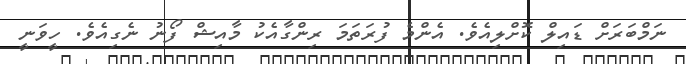
ނަމްބަރަށް ޑައިލް ކޮށްލިއެވެ. އެންމެ ފުރަތަމަ ރިންގާއެކު މާއިޝް ފޯނު ނެގިއެވެ. ހީވަނީ